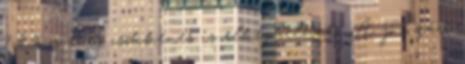
7-8 %-os éves csökkenés is elképzelhető. A jó nyári